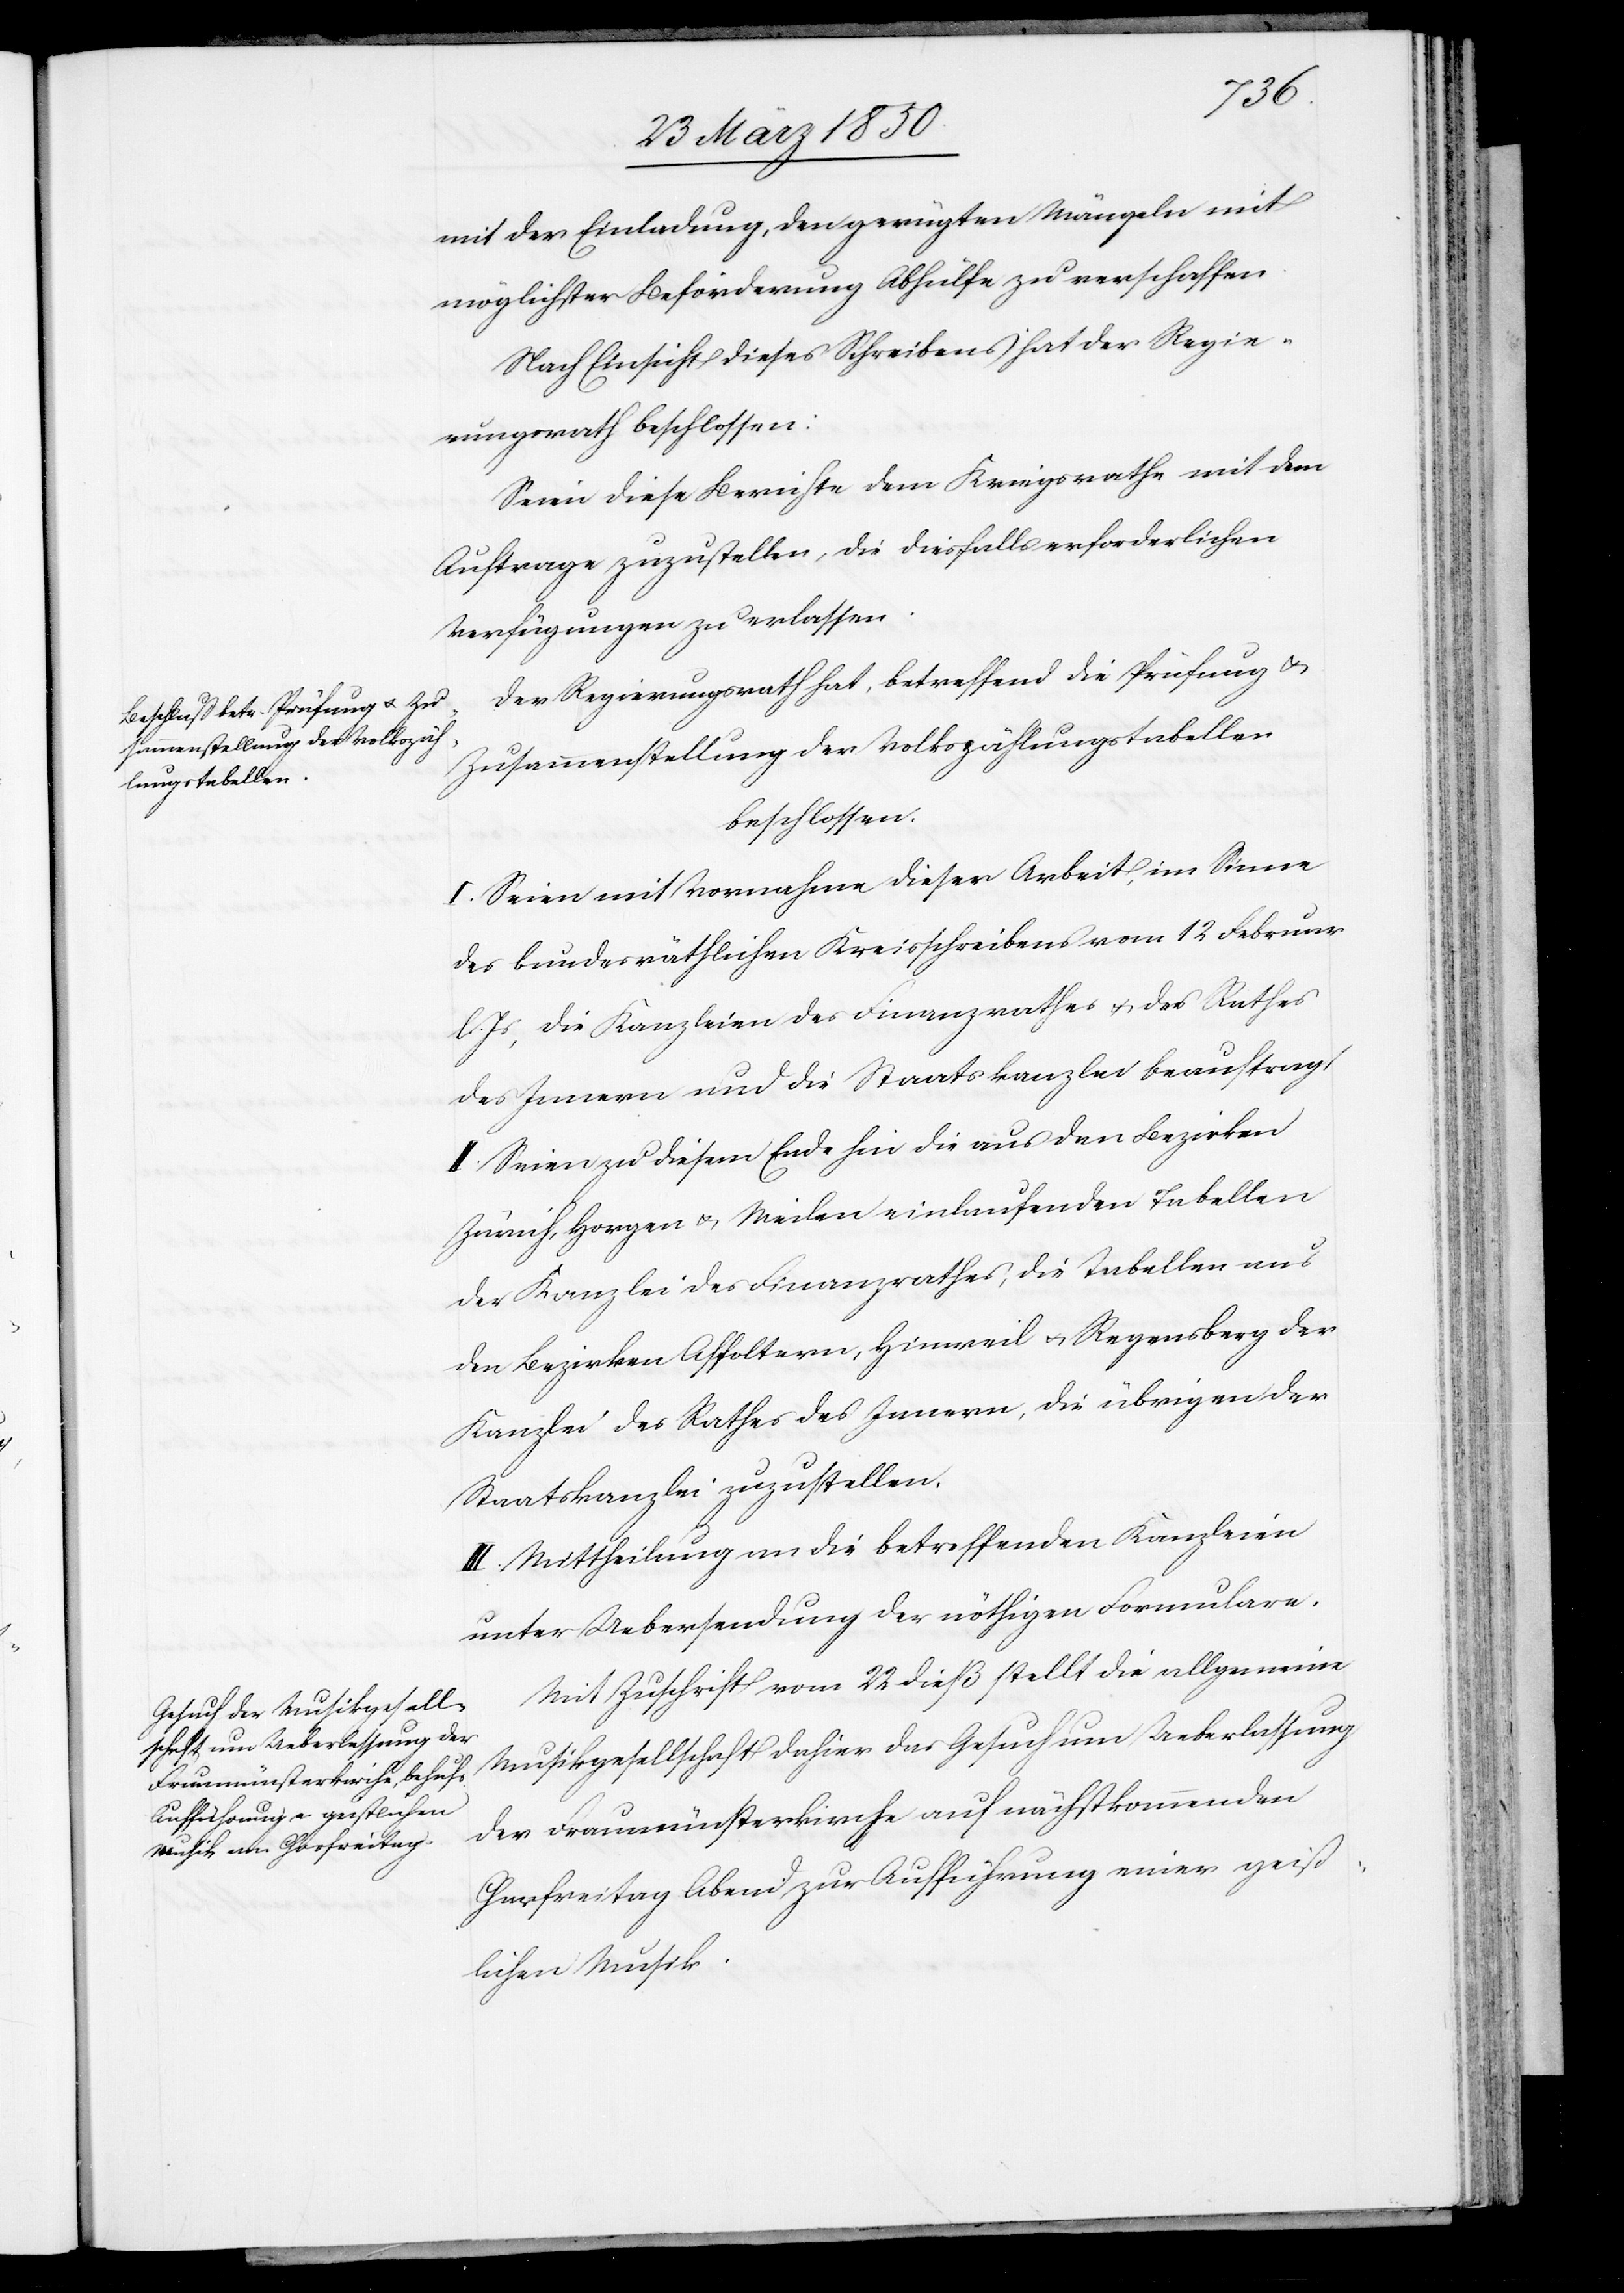
mit der Einladung, den gerügten Mängeln mit
möglichster Beförderung Abhülfe zu verschaffen.
Nach Einsicht dieses Schreibens hat der Regie¬
rungsrath beschlossen:
Seien diese Berichte dem Kriegsrathe mit dem
Auftrage zuzustellen, die diesfalls erforderlichen
Verfügungen zu erlassen.
Der Regierungsrath hat, betreffend die Prüfung u.
Zusammenstellung der Volkszählungstabellen
beschlossen:
I. Seien mit Vornahme dieser Arbeit, im Sinne
des bundesräthlichen Kreisschreibens vom 12 Februar
l. Js., die Kanzleien des Finanzrathes u. des Rathes
des Innern und die Staatskanzlei beauftragt
II. Seien zu diesem Ende hin die aus den Bezirken
Zürich, Horgen u. Meilen einlaufenden Tabellen
der Kanzlei des Finanzrathes, die Tabellen aus
den Bezirken Affoltern, Hinweil u. Regensberg der
Kanzlei des Rathes des Innern, die übrigen der
Staatskanzlei zuzustellen.
III. Mittheilung an die betreffenden Kanzleien
unter Uebersendung der nöthigen Formulare.
Mit Zuschrift vom 22 dieß stellt die allgemeine
Musikgesellschaft dahier das Gesuch um Ueberlassung
der Fraumünsterkirche auf nächstkommenden
Charfreitag Abend zur Aufführung einer geist¬
lichen Musik.